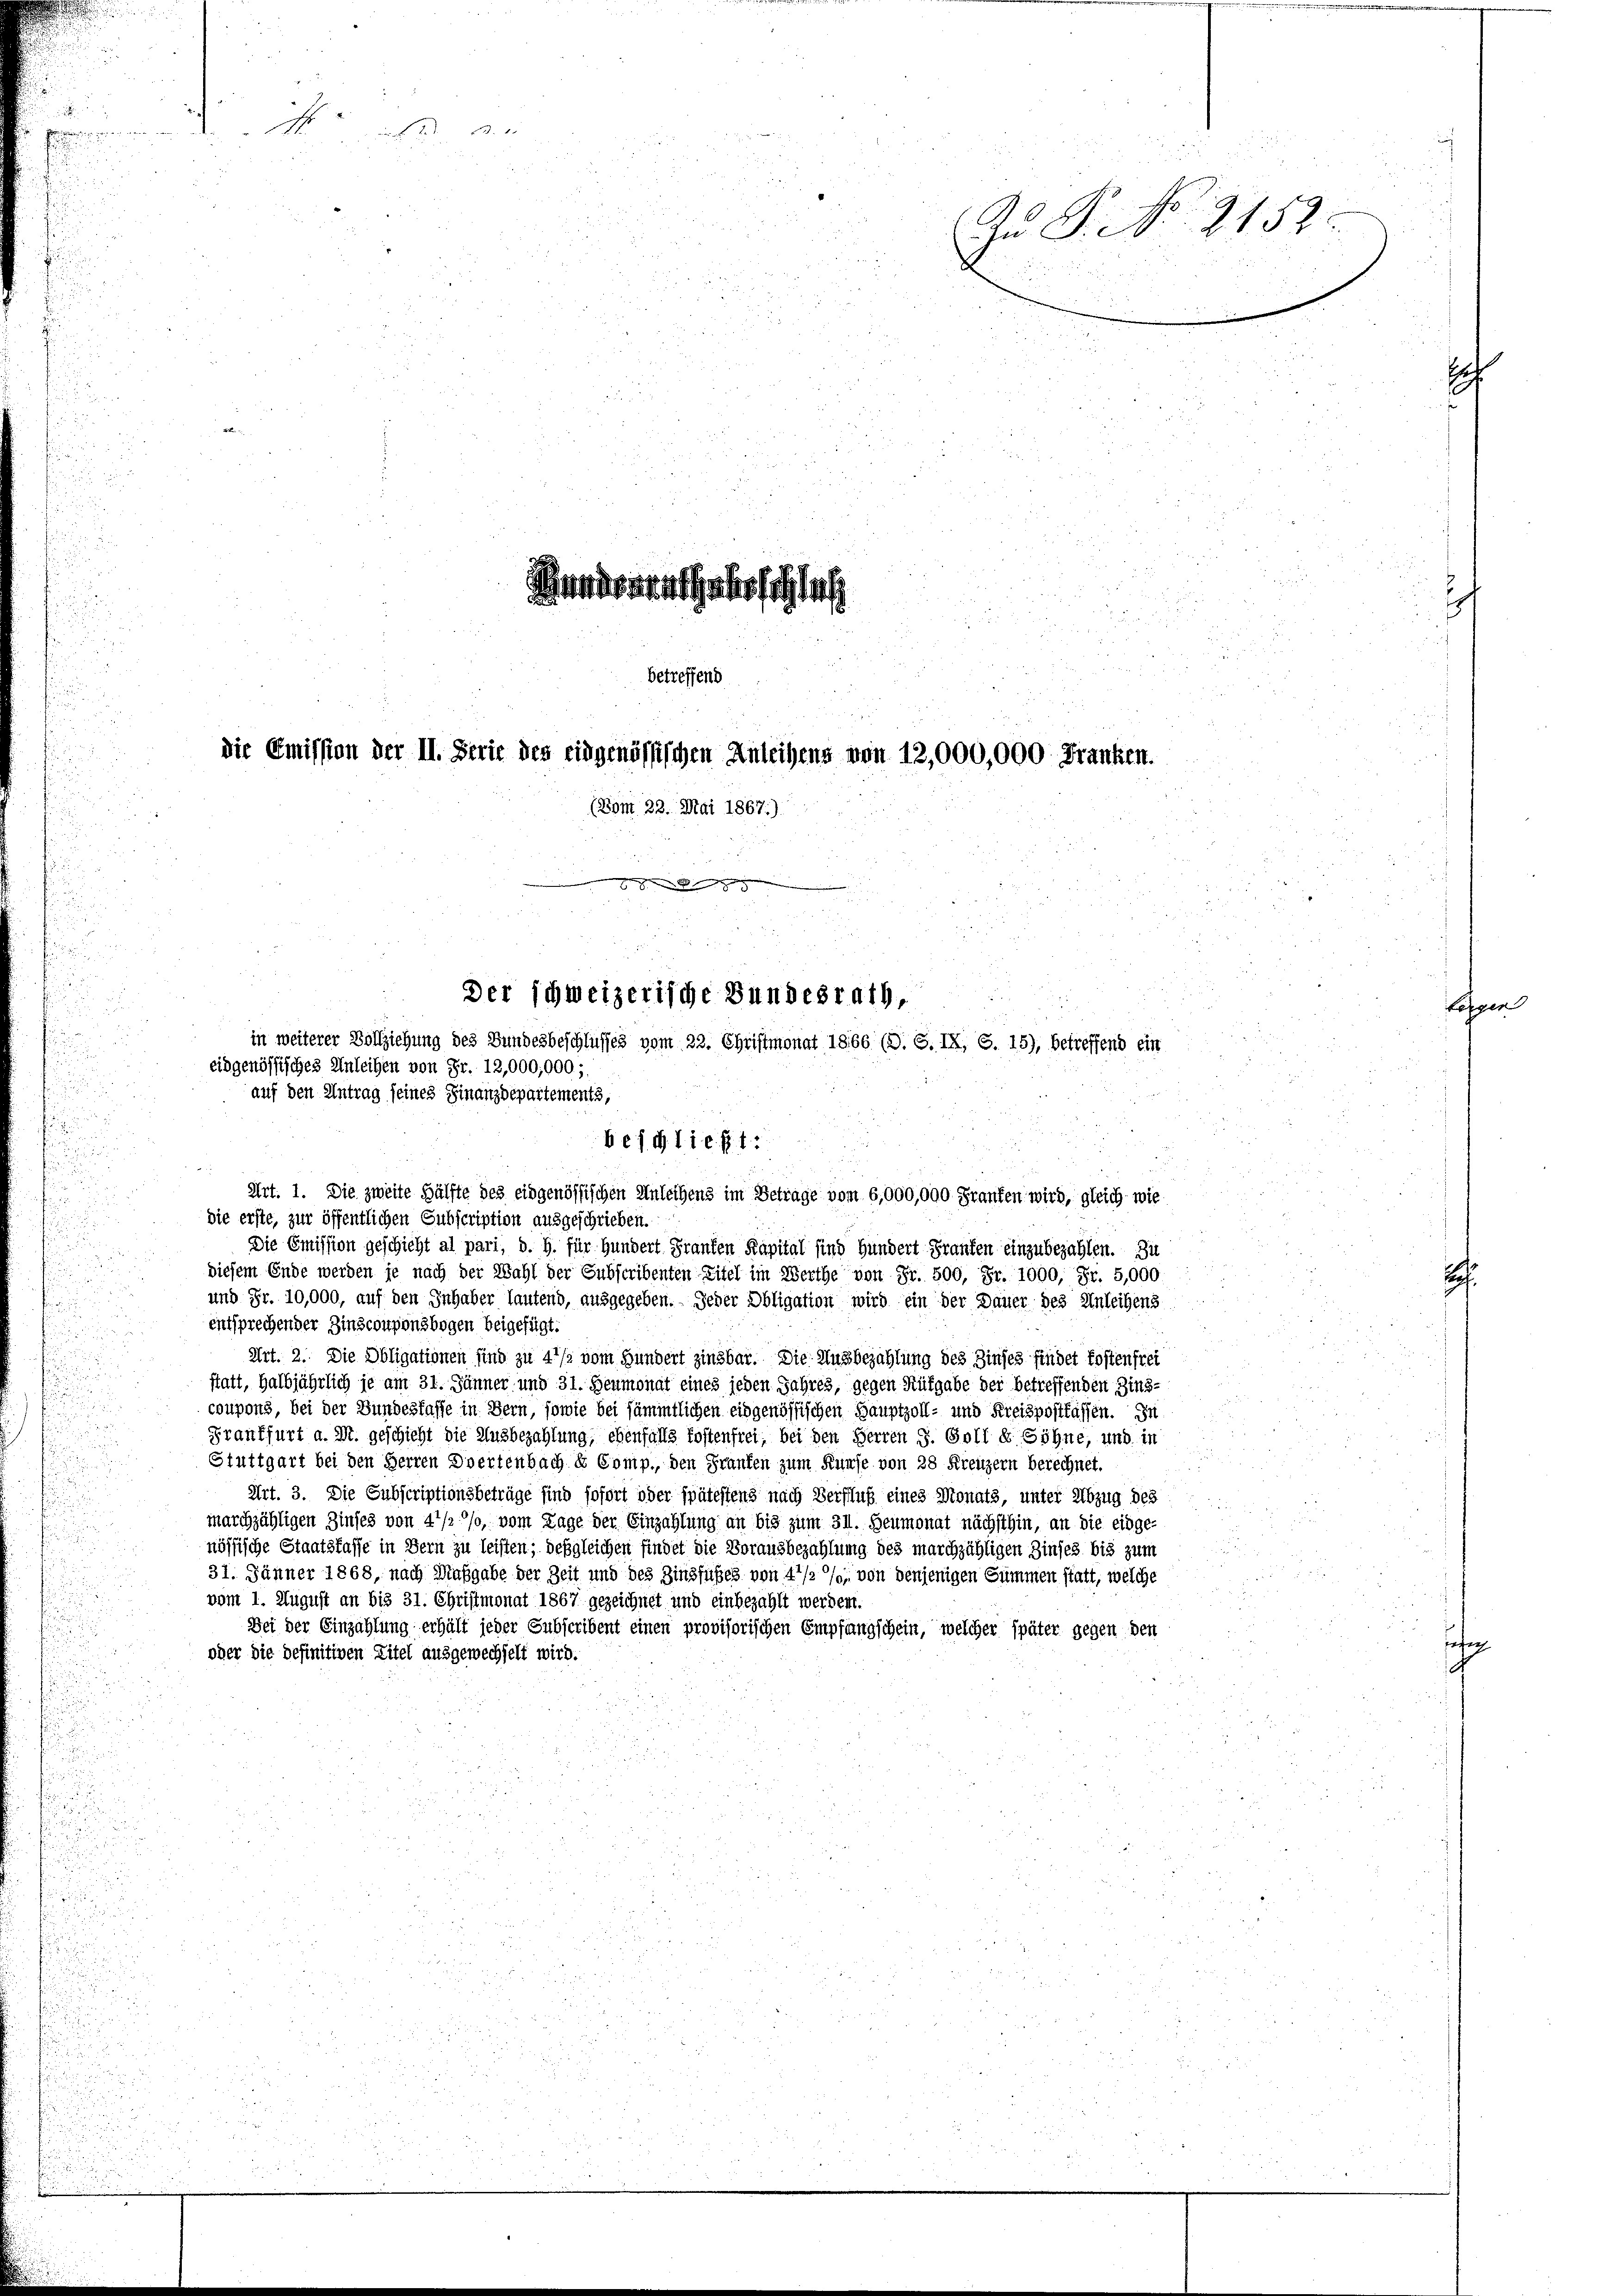
5

.

u
i
u

die erste, zur öffentlichen Subscription ausgeschrieben.
Die Emission geschicht al pari, d. h. für Hundert Franken Kapital sind hundert Franten einzubezahlen. Zu
diesem Ende werden je nach der Wahl der Subscribenten Zitel im Werthe von Fr. 500, Fr. 1000, Fr. 5,000
und Fr. 10,000, auf den Inhaber lautend, ausgegeben. Jeder Obligation wird ein der Dauer des Anleihens
entsprechender Zinscouponsbogen beigefügt.
Art. 2. Die Obligationen sind zu 4 1/2 vom Hundert zinsbar. Die Ausbezahlung des Zinses findet kostenfrei
statt, halbjährlich je am 31. Jänner und 31. Heumonat eines jeden Jahres, gegen Rütgabe der betreffenden Zins-
coupons, bei der Bundesfasse in Bern, sowie bei sämmtlichen eidgenössischen Hauptzoll- und Kreispostkassen. In
Frankfurt a. M. geschieht die Ausbezahlung, ebenfalls kostenfrei, bei den Herren J. Golt d Söhne, und in
Stuttgart bei den Herren Doertenbach der Comp., den Franken zum Kurse von 28 Kreuzern berechnet.
Art. 3. Die Subscriptionsbeträge sind sofort oder spätestens nach Verfluß eines Monats, unter Abzug des
marchzähligen Zinses von 4 1/2 °/o, vom Lage der Einzahlung an bis zum 31. Heumonat nächsthin, an die eidgenössische Staatsfasse in Bern zu leisten; deßgleichen findet die Vorausbezahlung des marchzähligen Zinses bis zum
31. Jänner 1868, nach Maßgabe der Zeit und des Zinsfußes von 4 1/2 %, von denjenigen Summen statt, welche
vom 1. August an bis 31. Christmonat 1867 gezeichnet und einbezahlt werden.
Bei der Einzahlung erhält jeder Subscribent einen provisorischen Empfangschein, welcher später gegen den
oder die definitiven Zitel ausgewechselt wird.

A

I S. Nr. 2152
iparat als sich las
betreffend
die Emission der II. Serie des eidgenössischen Anleihens von 12,000,000 Franken.
(Vom 22. Mai 1867.)

.
Der schweizerische Bundesrath,
in weiterer Vollziehung des Bundesbeschlusses vom 22. Christmonat 1866 (O. S. IX, S. 15), betreffend ein
eidgenössisches Anleihen von Fr. 12,000,000,

auf den Antrag seines Finanzdepartements,
besgließt:
Art. 1. Die zweite Hälfte des eidgenössischen Anleihens im Betrage vom 6,000,000 Franken wird, gleich wie

.

E

folgen